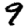
Digit: 9